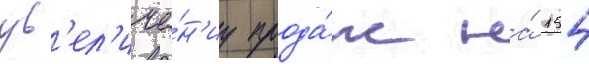
ув'ел'иче́н'иу прода́ж на́ 154